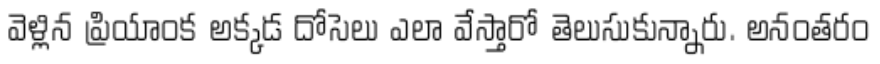
వెళ్లిన ప్రియాంక అక్కడ దోసెలు ఎలా వేస్తారో తెలుసుకున్నారు. అనంతరం